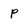
Character: p